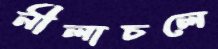
নীলাচলে